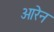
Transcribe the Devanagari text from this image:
ओरेन